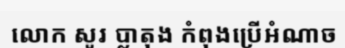
លោក សូរ ប្លាតុង កំពុងប្រើអំណាច